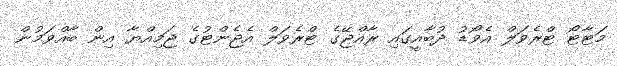
މަޓާޓޯ ޓްރެވަލް އެވޯޑު ދުބާއީގައި ރާއްޖޭގެ ޓްރެވަލް އެޖެންޓުގެ ޖަމިއްޔާ އިން ބާއްވަމުން